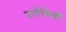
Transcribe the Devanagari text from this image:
नागेसियाँ